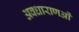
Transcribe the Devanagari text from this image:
अवधाराणओं